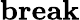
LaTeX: \textbf{break}